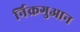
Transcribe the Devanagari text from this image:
र्निक्रगुआन